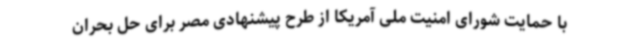
با حمایت شورای امنیت ملی آمریکا از طرح پیشنهادی مصر برای حل بحران